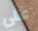
علي